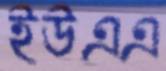
ইউএএ